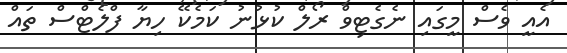
އެއީ ވެސް މީގައި ނެގެޓިވް ރޯލް ކުޅުނު ކަމެކޭ ހިޔާ ފްލެޓްސް ތައް